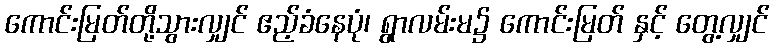
ကောင်းမြတ်တို့သွားလျှင် ဧည့်ခံနေပုံ၊ ရွာလမ်းမ၌ ကောင်းမြတ် နှင့် တွေ့လျှင်